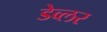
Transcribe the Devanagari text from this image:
डेव्लर